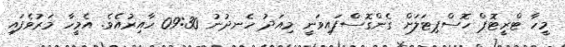
މީހާ ޓްރީޓޮޕް ހޮސްޕިޓަލަށް ގެންގޮސްފައިވަނީ މިއަދު ހެނދުނު 09:30 ހާއިރުއެވެ. އެމީހާ މަރުވެފައި